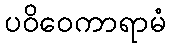
ပဝိဝေကာရာမံ